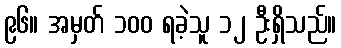
၉၆။ အမှတ် ၁၀၀ ရခဲ့သူ ၁၂ ဦးရှိသည်။